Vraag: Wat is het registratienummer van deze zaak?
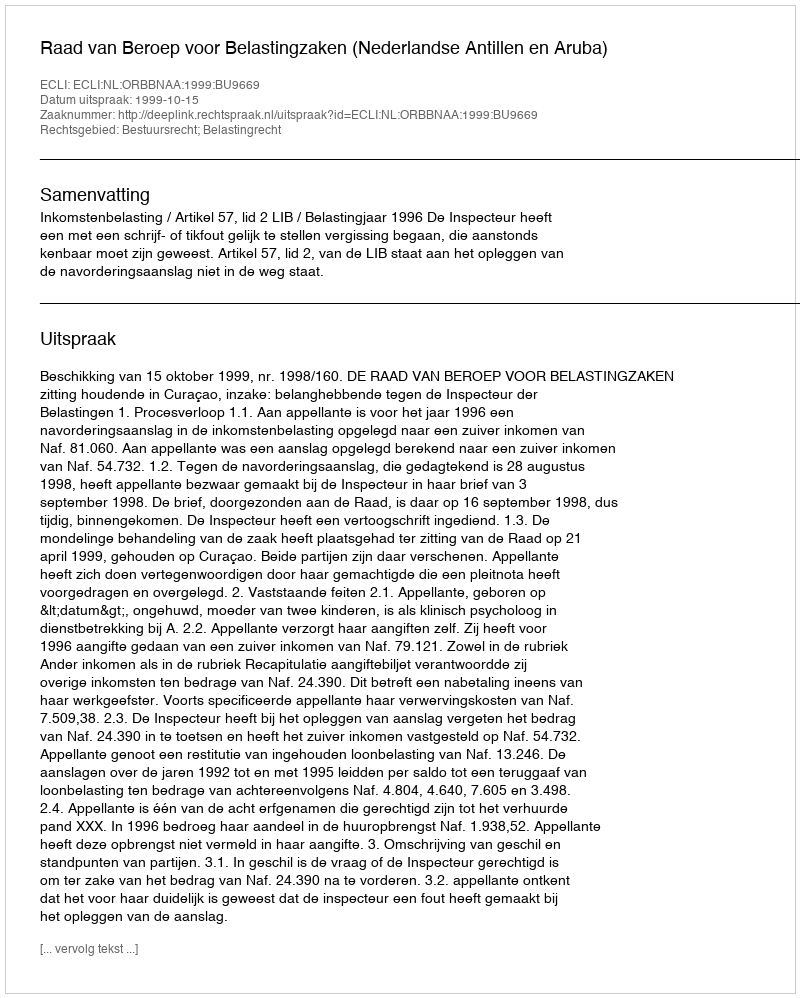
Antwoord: http://deeplink.rechtspraak.nl/uitspraak?id=ECLI:NL:ORBBNAA:1999:BU9669